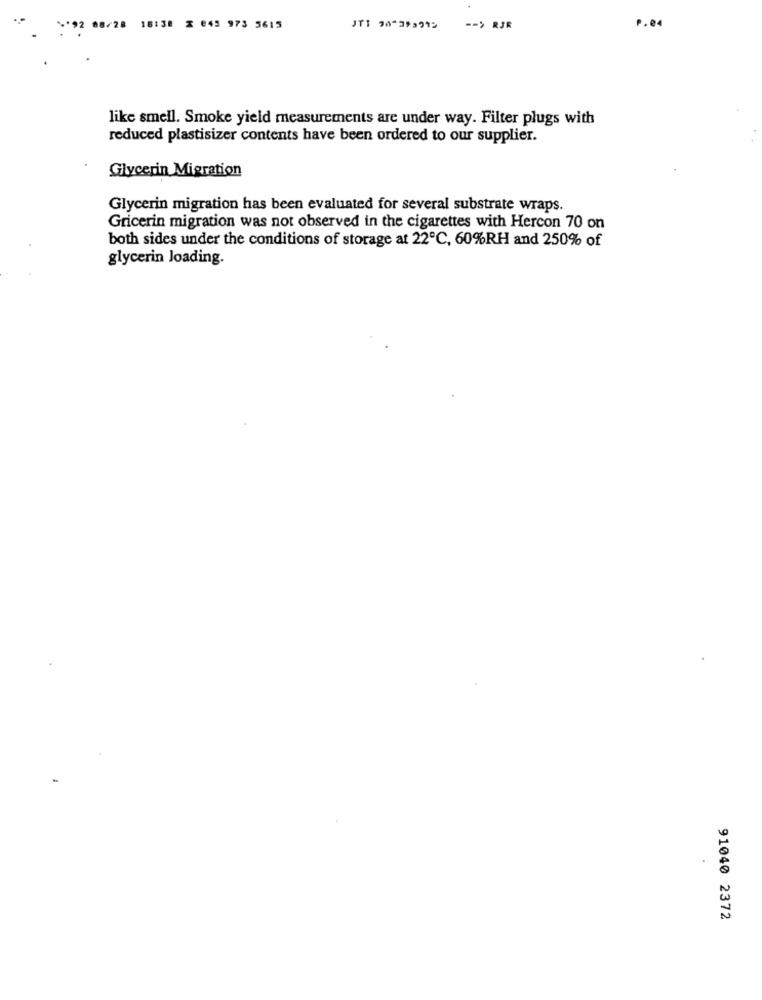
.92 88/28 16138 2 043 973 5615
JTI 90-39,912
-- > RJR
P.04
like smell. Smoke yield measurements are under way. Filter plugs with
reduced plastisizer contents have been ordered to our supplier.
Glycerin Migration
Glycerin migration has been evaluated for several substrate wraps.
Gricerin migration was not observed in the cigarettes with Hercon 70 on
both sides under the conditions of storage at 22℃, 60%RH and 250% of
glycerin loading.
91040 2372